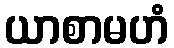
ယာစာမဟံ